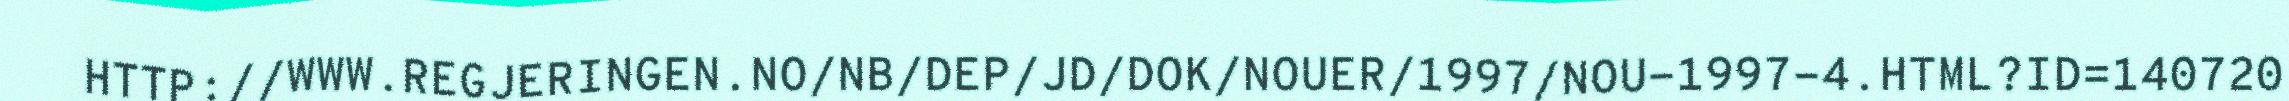
HTTP://WWW.REGJERINGEN.NO/NB/DEP/JD/DOK/NOUER/1997/NOU-1997-4.HTML?ID=140720